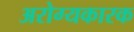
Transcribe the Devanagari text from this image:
अरोग्यकारक